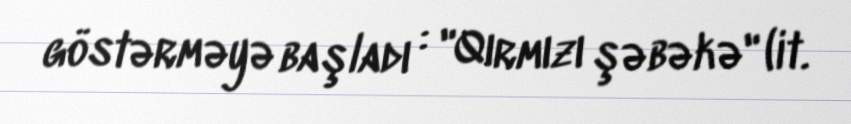
göstərməyə başladı : "Qırmızı şəbəkə" (it.